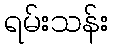
ရမ်းသန်း